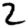
Digit: 2